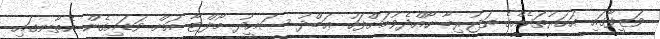
ވަޒީފާގައި އަހަރުތަކެއްގެ ތަޖުރިބާ ހޯއްދެވުމަށްފަހު ޢަބްދު ސަޢީދު މޯލްޓާ އަށް ވަޑައިގެން އެތާނގައި